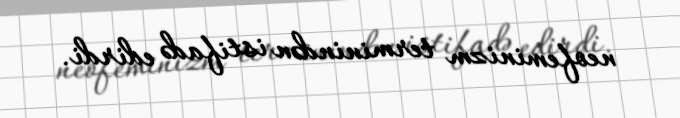
neofeminizm terminindən istifadə edirdi.